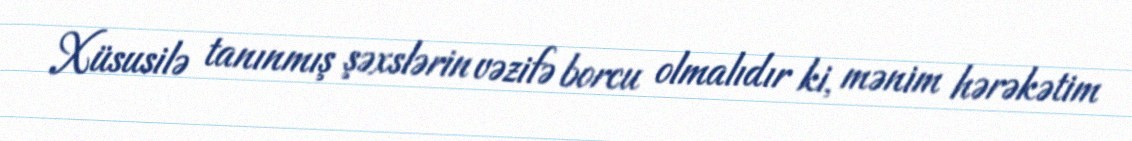
Xüsusilə tanınmış şəxslərin vəzifə borcu olmalıdır ki, mənim hərəkətim